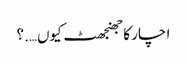
ا چار کا جھنجھٹ کیوں….؟